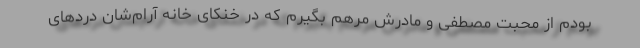
بودم از محبت مصطفی و مادرش مرهم بگیرم که در خنکای خانه آرام‌شان دردهای